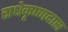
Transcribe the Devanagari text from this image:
राधेकृष्णदास